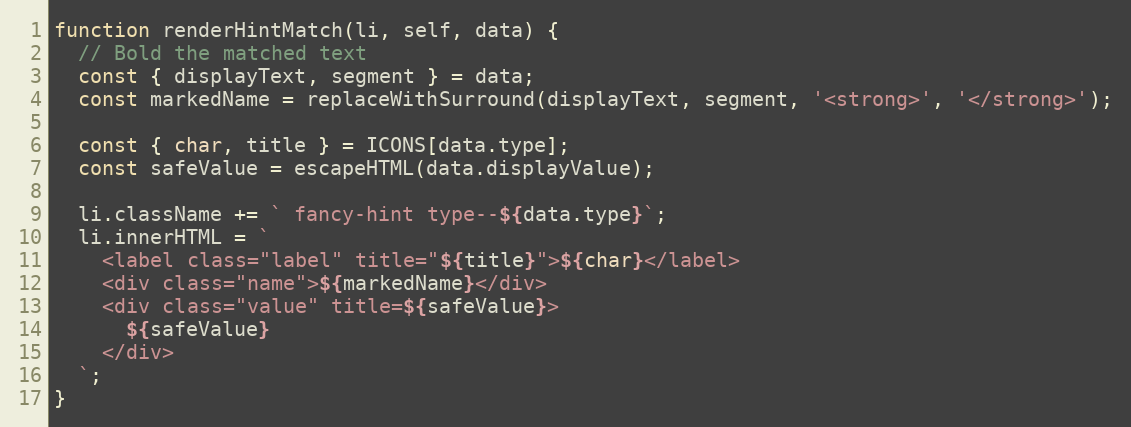
Language: JavaScript
function renderHintMatch(li, self, data) {
  // Bold the matched text
  const { displayText, segment } = data;
  const markedName = replaceWithSurround(displayText, segment, '<strong>', '</strong>');

  const { char, title } = ICONS[data.type];
  const safeValue = escapeHTML(data.displayValue);

  li.className += ` fancy-hint type--${data.type}`;
  li.innerHTML = `
    <label class="label" title="${title}">${char}</label>
    <div class="name">${markedName}</div>
    <div class="value" title=${safeValue}>
      ${safeValue}
    </div>
  `;
}